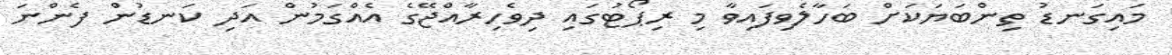
މައިގަނޑު ތިންބަޔަކަށް ބަހާލެވިފައިވާ މި ރިޕޯޓުގައި ދިވެހިރާއްޖޭގެ އެއްގަމުން އަދި ކަނޑުން ފެންނަ